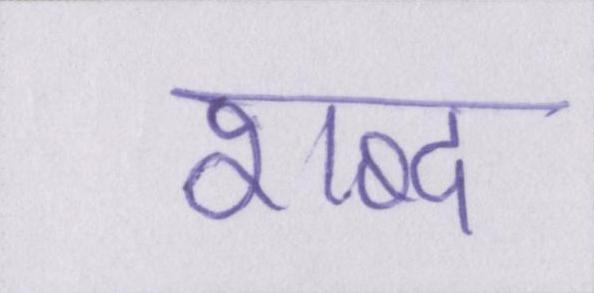
शब्द